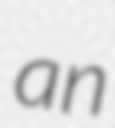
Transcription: an